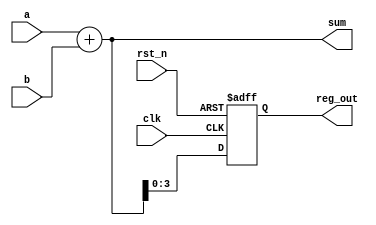
module example_comb_seq (
    input wire clk,             // Clock input
    input wire rst_n,          // Active low reset
    input wire [3:0] a,        // 4-bit input a
    input wire [3:0] b,        // 4-bit input b
    output reg [4:0] sum,      // 5-bit output for sum
    output reg [3:0] reg_out   // 4-bit output register
);

// Combinational Logic
always @* begin
    // Sum of two 4-bit inputs
    sum = a + b;
end

// Sequential Logic
always @(posedge clk or negedge rst_n) begin
    if (!rst_n) begin
        // Reset condition
        reg_out <= 4'b0000; // Reset register output to 0
    end else begin
        // Update register output on clock edge
        reg_out <= sum[3:0]; // Store the lower 4 bits of the sum
    end
end

endmodule